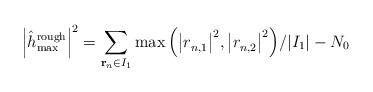
LaTeX: \begin{align*} {\left| {\hat h_{\max }^{{\rm{rough}}}} \right|^{\rm{2}}} ={\sum\limits_{{{\bf{r}}_n} \in {I_1}}^{} {\max \left( {{{\left| {r_{n,1}^{}} \right|}^{\rm{2}}},{{\left| {r_{n,2}^{}} \right|}^{\rm{2}}}} \right)} }/{\left| {{I_1}} \right|} - {N_0} \end{align*}